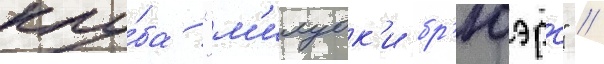
клу́ба "м'илуок'и бр'юэрс" //